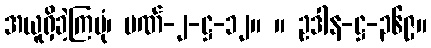
အယူရှိခဲ့ကြပုံ၊ ပဏ်-၂-ဋ္ဌ-၁၂။ ။ ဥဒါန-ဋ္ဌ-၃၆၉။